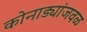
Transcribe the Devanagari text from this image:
कोनाड्यांजवळ